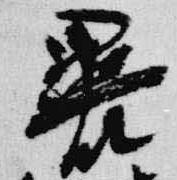
裹